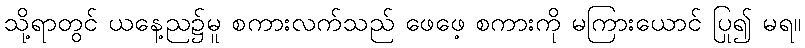
သို့ရာတွင် ယနေ့ည၌မူ စကားလက်သည် ဖေဖေ့ စကားကို မကြားယောင် ပြု၍ မရ။